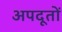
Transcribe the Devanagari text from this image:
अपदूतों